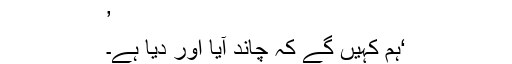
’
‘ہم کہیں گے کہ چاند آیا اور دیا ہے۔